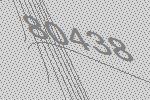
80438